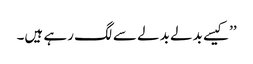
’’کیسے بدلے بدلے سے لگ رہے ہیں۔